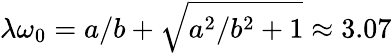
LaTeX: \lambda\omega_{0}=a/b+\sqrt{a^{2}/b^{2}+1}\approx 3.07